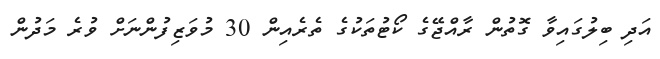
އަދި ބިލުގައިވާ ގޮތުން ރާއްޖޭގެ ކޯޓުތަކުގެ ތެރެއިން 30 މުވަޒިފުންނަށް ވުރެ މަދުން